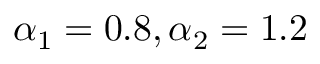
\alpha _ { 1 } = 0 . 8 , \alpha _ { 2 } = 1 . 2